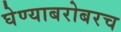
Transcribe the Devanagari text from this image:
घेण्याबरोबरच